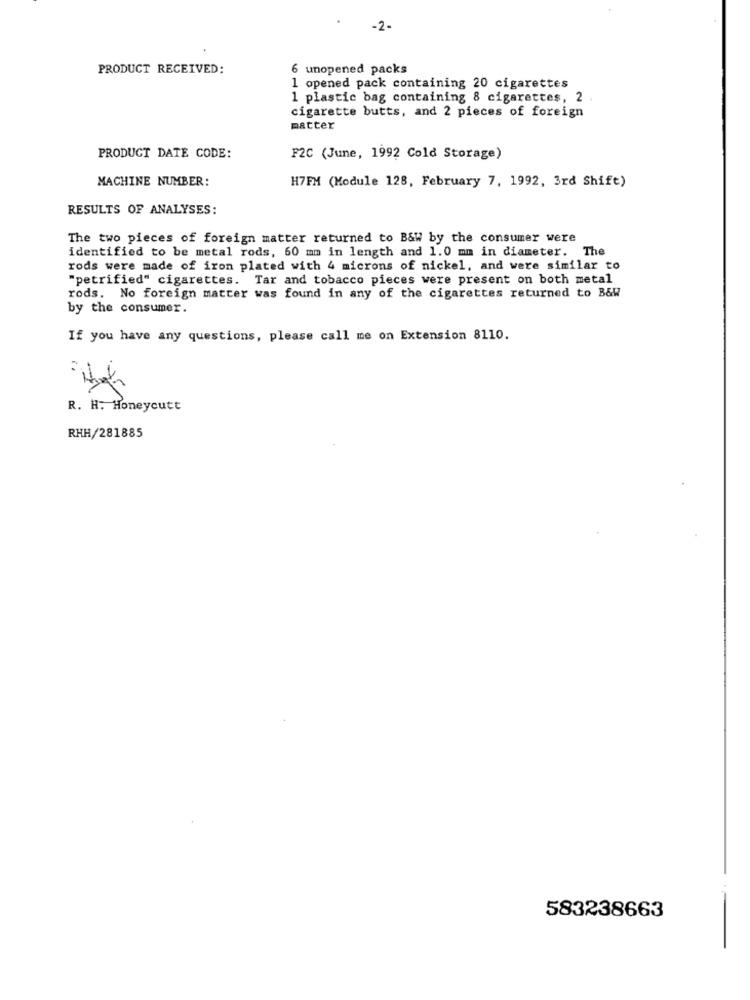
-2-
PRODUCT RECEIVED:
6 unopened packs
1 opened pack containing 20 cigarettes
1 plastic bag containing 8 cigarettes, 2 .
cigarette butts, and 2 pieces of foreign
matter
PRODUCT DATE CODE:
F2C (June, 1992 Cold Storage)
MACHINE NUMBER:
H7FM (Module 128, February 7, 1992, 3rd Shift)
RESULTS OF ANALYSES:
The two pieces of foreign matter returned to B&W by the consumer were
identified to be metal rods, 60 mm in length and 1.0 mm in diameter. The
rods were made of iron plated with 4 microns of nickel, and were similar to
"petrified" cigarettes. Tar and tobacco pieces were present on both metal
rods. No foreign matter was found in any of the cigarettes returned to B&W
by the consumer.
If you have any questions, please call me on Extension 8110.
-1
R. H. Honeycutt
RHH/281885
583238663